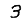
Digit: 3